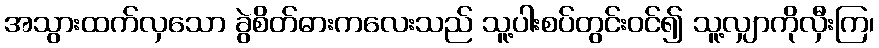
အသွားထက်လှသော ခွဲစိတ်ဓားကလေးသည် သူ့ပါးစပ်တွင်းဝင်၍ သူ့လျှာကိုလှီးကြ၊